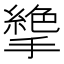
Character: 𢴭